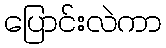
ပြောင်းလဲကာ